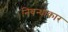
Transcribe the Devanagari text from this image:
निबन्धाकार